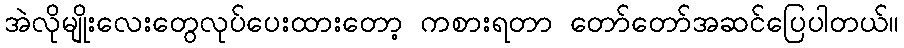
အဲလိုမျိုးလေးတွေလုပ်ပေးထားတော့ ကစားရတာ တော်တော်အဆင်ပြေပါတယ်။